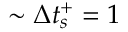
\sim \Delta t _ { s } ^ { + } = 1